Rangoon Lunatic Asylum 1878-1892 - 1878-1892
Year: 1878
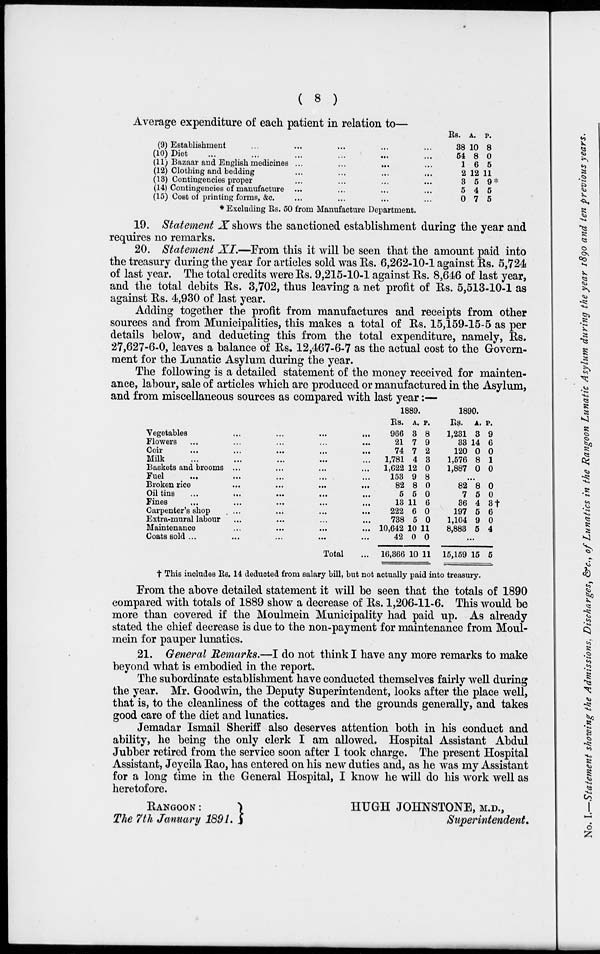
( 8 )
Average expenditure of each patient in relation to—
(9) Establishment ... ... ... ... ...
(10) Diet ... ... ... ... ... ...
(11) Bazaar and English medicines ... ... ... ...
(12) Clothing and bedding ... ... ... ...
(13) Contingencies proper ... ... ... ...
(14) Contingencies of manufacture ... ... ... ...
(15) Cost of printing forme, &c. ... ... ... ...
Rs.
38
54
1
2
3
5
0
A.
10
8
6
12
5
4
7
P.
8
0
5
11
9*
5
5
* Excluding Rs. 50 from Manufacture Department.
19. Statement X shows the sanctioned establishment during the year and
requires no remarks.
20. Statement XI—From this it will be seen that the amount paid into
the treasury during the year for articles sold was Rs. 6,262-10-1 against Rs. 5,724
of last year. The total credits were Rs. 9,215-10-1 against Rs. 8,646 of last year,
and the total debits Rs. 3,702, thus leaving a net profit of Rs. 5,513-10-1 as
against Rs. 4,930 of last year.
Adding together the profit from manufactures and receipts from other
sources and from Municipalities, this makes a total of Rs. 15,159-15-5 as per
details below, and deducting this from the total expenditure, namely, Rs.
27,627-6-0, leaves a balance of Rs. 12,467-6-7 as the actual cost to the Govern-
ment for the Lunatic Asylum during the year.
The following is a detailed statement of the money received for mainten-
ance, labour, sale of articles which are produced or manufactured in the Asylum,
and from miscellaneous sources as compared with last year:—
Vegetables ... ... ... ...
Flowers ... ... ... ... ...
Coir
...
...
...
...
...
Milk ... ... ... ... ...
Baskets and brooms ... ... ... ...
Fuel ... ... ... ... ...
Broken rice
...
...
...
...
Oil tins
...
...
...
...
...
Fines ... ... ... ... ...
Carpenter's shop
... ... ... ...
Extra-mural labour ... ... ... ...
Maintenance ... ... ... ...
Coats sold ... ... ... ... ...
Total ...
1889.
Rs.
966
21
74
1,781
1,622
153
82
5
13
222
738
10,642
42
16,366
A.
3
7
7
4
12
9
8
5
11
6
5
10
0
10
P.
8
9
2
3
0
8
0
0
6
0
0
11
0
11
1890.
Rs.
1,231
33
120
1,576
1,887
A.
3
14
0
8
0
p.
9
6
0
1
0
...
82
7
36
197
1,104
8,883
8
5
4
5
9
5
0
0
3†
6
0
4
...
15,159 15 5
† This includes Rs. 14 deducted from salary bill, but not actually paid into treasury.
From the above detailed statement it will be seen that the totals of 1890
compared with totals of 1889 show a decrease of Rs. 1,206-11-6. This would be
more than covered if the Moulmein Municipality had paid up. As already
stated the chief decrease is due to the non-payment for maintenance from Moul-
mein for pauper lunatics.
21. General Remarks.—I do not think I have any more remarks to make
beyond what is embodied in the report.
The subordinate establishment have conducted themselves fairly well during
the year. Mr. Goodwin, the Deputy Superintendent, looks after the place well,
that is, to the cleanliness of the cottages and the grounds generally, and takes
good care of the diet and lunatics.
Jemadar Ismail Sheriff also deserves attention both in his conduct and
ability, he being the only clerk I am allowed. Hospital Assistant Abdul
Jubber retired from the service soon after I took charge. The present Hospital
Assistant, Jeycila Rao, has entered on his new duties and, as he was my Assistant
for a long time in the General Hospital, I know he will do his work well as
heretofore.
RANGOON :
The 7th January 1891.
HUGH JOHNSTONE, M.D.,
Superintendent.